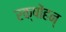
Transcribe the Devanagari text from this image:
रक्षोंहन्